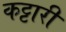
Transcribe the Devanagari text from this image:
कट्टारी